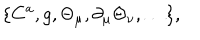
\{ C ^ { a } , g , \Theta _ { \mu } , \partial _ { \mu } \Theta _ { \nu } , \ldots \} ,